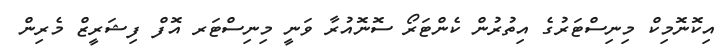
އިކޮނޮމިކް މިނިސްޓަރުގެ އިތުރުން ކެންޓަރޯ ސޮނޮއުރާ ވަނީ މިނިސްޓަރ އޮފް ފިޝަރީޒް މެރިން